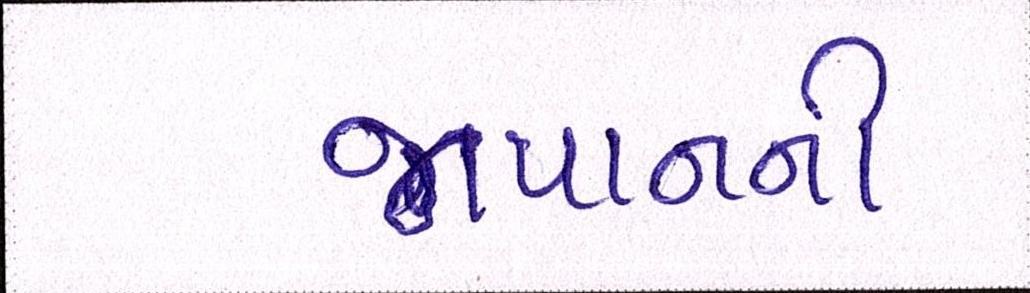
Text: જાપાનની